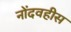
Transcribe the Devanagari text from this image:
नोंदवहीस